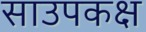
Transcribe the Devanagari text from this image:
साउपकक्ष